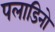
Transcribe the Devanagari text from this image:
पलाडिनो